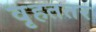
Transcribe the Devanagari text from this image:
वृहततर